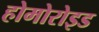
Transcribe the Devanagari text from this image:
होमोरोइड